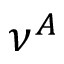
\nu ^ { A }